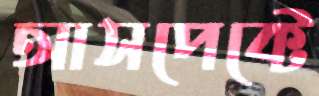
আসপেক্টে